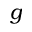
g